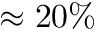
\approx 2 0 \%